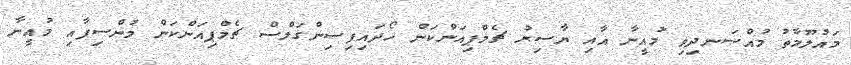
މައުލޫމާތު މުއްސަނދިވި މުއީނާ އާއި ޔާސިރު ޗެމްޕިއަންކަން ހޯދައިފިސިންގަލްސް ޗެމްޕިއަންކަން މުންސިފާއި މުއީނާ